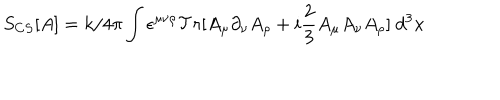
S _ { C S } [ A ] = k / 4 \pi \int \epsilon ^ { \mu \nu \rho } { \cal T } r [ A _ { \mu } \partial _ { \nu } A _ { \rho } + i \frac { 2 } { 3 } A _ { \mu } A _ { \nu } A _ { \rho } ] \ d ^ { 3 } x